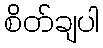
စိတ်ချပါ